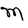
Character: M